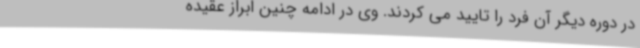
در دوره دیگر آن فرد را تایید می کردند. وی در ادامه چنین ابراز عقیده